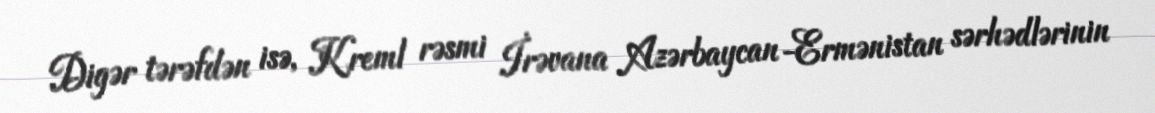
Digər tərəfdən isə, Kreml rəsmi İrəvana Azərbaycan-Ermənistan sərhədlərinin